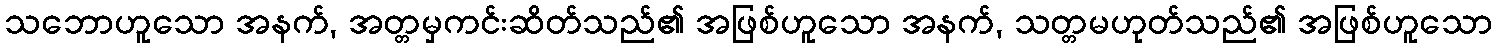
သဘောဟူသော အနက်, အတ္တမှကင်းဆိတ်သည်၏ အဖြစ်ဟူသော အနက်, သတ္တမဟုတ်သည်၏ အဖြစ်ဟူသော